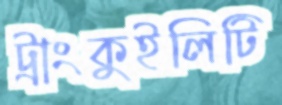
ট্রাংকুইলিটি